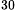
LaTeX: ^\textrm{\scriptsize 30}